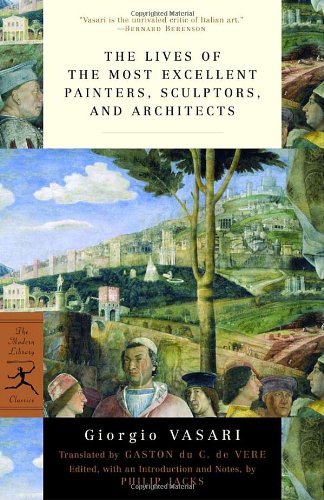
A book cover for The Lives of the Most Excellent Painters, Sculptors, and Architects (Modern Library Classics); Giorgio Vasari; Arts & Photography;